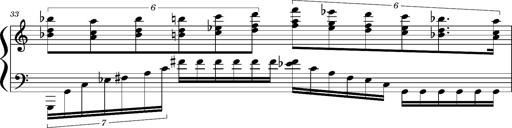
Title: Concerto sans orchestre, S.524a
Composer: Franz Liszt
Key: A major